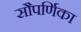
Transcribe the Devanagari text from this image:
सौपर्णिका